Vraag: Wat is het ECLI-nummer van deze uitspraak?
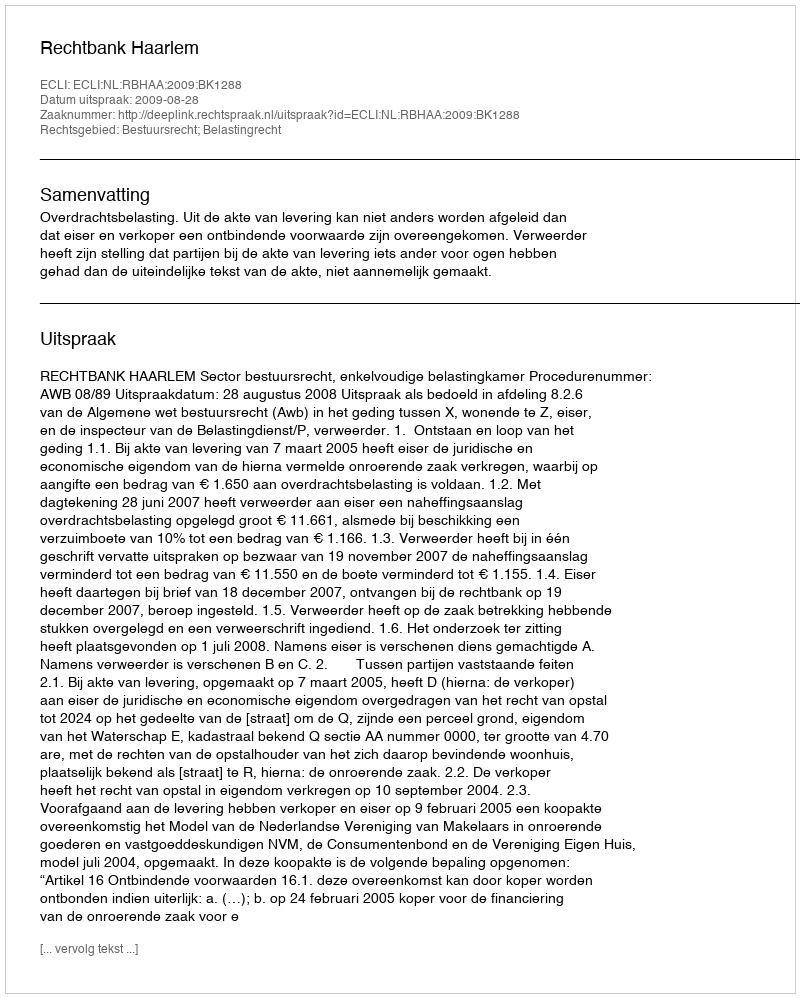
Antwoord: ECLI:NL:RBHAA:2009:BK1288